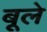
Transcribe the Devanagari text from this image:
बूले